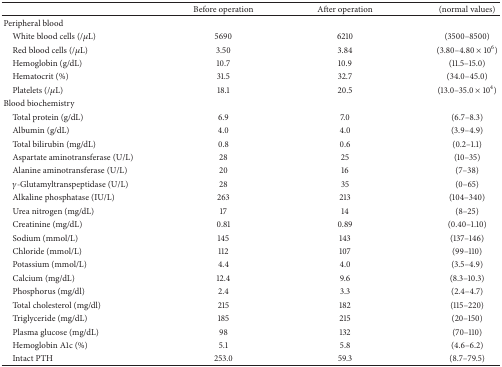
<table><thead><tr><td><b> </b></td><td><b>Before operation</b></td><td><b>After operation</b></td><td><b>(normal values)</b></td></tr></thead><tbody><tr><td>Peripheral blood</td><td> </td><td> </td><td> </td></tr><tr><td> White blood cells (/<i>μ</i>L)</td><td>5690</td><td>6210</td><td>(3500–8500)</td></tr><tr><td> Red blood cells (/<i>μ</i>L)</td><td>3.50</td><td>3.84</td><td>(3.80–4.80 × 10<sup>6</sup>)</td></tr><tr><td> Hemoglobin (g/dL)</td><td>10.7</td><td>10.9</td><td>(11.5–15.0)</td></tr><tr><td> Hematocrit (%)</td><td>31.5</td><td>32.7</td><td>(34.0–45.0)</td></tr><tr><td> Platelets (/<i>μ</i>L)</td><td>18.1</td><td>20.5</td><td>(13.0–35.0 × 10<sup>4</sup>)</td></tr><tr><td>Blood biochemistry</td><td> </td><td> </td><td> </td></tr><tr><td> Total protein (g/dL)</td><td>6.9</td><td>7.0</td><td>(6.7–8.3)</td></tr><tr><td> Albumin (g/dL)</td><td>4.0</td><td>4.0</td><td>(3.9–4.9)</td></tr><tr><td> Total bilirubin (mg/dL)</td><td>0.8</td><td>0.6</td><td>(0.2–1.1)</td></tr><tr><td> Aspartate aminotransferase (U/L)</td><td>28</td><td>25</td><td>(10–35)</td></tr><tr><td> Alanine aminotransferase (U/L)</td><td>20</td><td>16</td><td>(7–38)</td></tr><tr><td> <i>γ</i>-Glutamyltranspeptidase (U/L)</td><td>28</td><td>35</td><td>(0–65)</td></tr><tr><td> Alkaline phosphatase (IU/L)</td><td>263</td><td>213</td><td>(104–340)</td></tr><tr><td> Urea nitrogen (mg/dL)</td><td>17</td><td>14</td><td>(8–25)</td></tr><tr><td> Creatinine (mg/dL)</td><td>0.81</td><td>0.89</td><td>(0.40–1.10)</td></tr><tr><td> Sodium (mmol/L)</td><td>145</td><td>143</td><td>(137–146)</td></tr><tr><td> Chloride (mmol/L)</td><td>112</td><td>107</td><td>(99–110)</td></tr><tr><td> Potassium (mmol/L)</td><td>4.4</td><td>4.0</td><td>(3.5–4.9)</td></tr><tr><td> Calcium (mg/dL)</td><td>12.4</td><td>9.6</td><td>(8.3–10.3)</td></tr><tr><td> Phosphorus (mg/dl)</td><td>2.4</td><td>3.3</td><td>(2.4–4.7)</td></tr><tr><td> Total cholesterol (mg/dl)</td><td>215</td><td>182</td><td>(115–220)</td></tr><tr><td> Triglyceride (mg/dL)</td><td>185</td><td>215</td><td>(20–150)</td></tr><tr><td> Plasma glucose (mg/dL)</td><td>98</td><td>132</td><td>(70–110)</td></tr><tr><td> Hemoglobin A1c (%)</td><td>5.1</td><td>5.8</td><td>(4.6–6.2)</td></tr><tr><td> Intact PTH</td><td>253.0</td><td>59.3</td><td>(8.7–79.5)</td></tr></tbody></table>